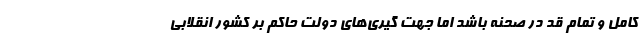
کامل و تمام قد در صحنه باشد اما جهت گیری‌های دولت حاکم بر کشور انقلابی